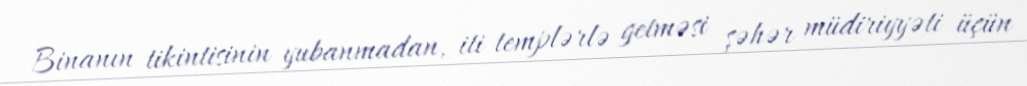
Binanın tikintisinin yubanmadan, iti templərlə getməsi şəhər müdiriyyəti üçün